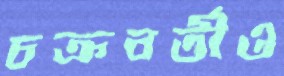
চক্রবর্তীও